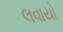
લવાયો